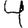
Digit: 4